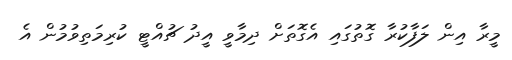
މީރާ އިން ލަފާކުރާ ގޮތުގައި އެގޮތަށް ދިމާވީ އީދު ޗުއްޓީ ކުރިމަތިވުމުން އެ